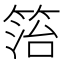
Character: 箈